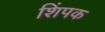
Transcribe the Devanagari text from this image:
शिंपक